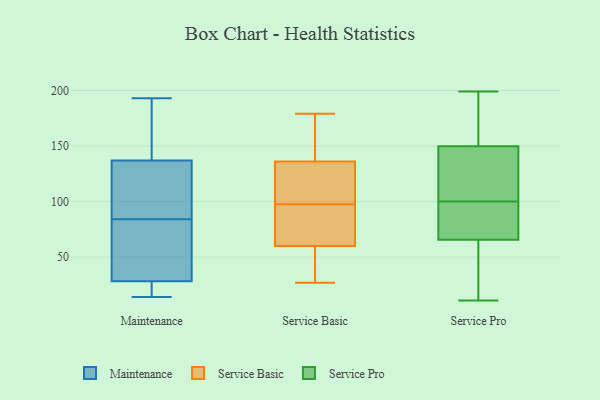
{"axis": {"x": "Temperature (°C)", "y": "Value"}, "legend": ["Maintenance", "Service Basic", "Service Pro"], "data": [{"x": "", "y": 193, "type": "Maintenance"}, {"x": "", "y": 121, "type": "Maintenance"}, {"x": "", "y": 115, "type": "Maintenance"}, {"x": "", "y": 33, "type": "Maintenance"}, {"x": "", "y": 84, "type": "Maintenance"}, {"x": "", "y": 128, "type": "Maintenance"}, {"x": "", "y": 29, "type": "Maintenance"}, {"x": "", "y": 26, "type": "Maintenance"}, {"x": "", "y": 175, "type": "Maintenance"}, {"x": "", "y": 28, "type": "Maintenance"}, {"x": "", "y": 14, "type": "Maintenance"}, {"x": "", "y": 140, "type": "Maintenance"}, {"x": "", "y": 14, "type": "Maintenance"}, {"x": "", "y": 83, "type": "Maintenance"}, {"x": "", "y": 166, "type": "Maintenance"}, {"x": "", "y": 32, "type": "Service Basic"}, {"x": "", "y": 69, "type": "Service Basic"}, {"x": "", "y": 112, "type": "Service Basic"}, {"x": "", "y": 136, "type": "Service Basic"}, {"x": "", "y": 76, "type": "Service Basic"}, {"x": "", "y": 179, "type": "Service Basic"}, {"x": "", "y": 27, "type": "Service Basic"}, {"x": "", "y": 38, "type": "Service Basic"}, {"x": "", "y": 83, "type": "Service Basic"}, {"x": "", "y": 60, "type": "Service Basic"}, {"x": "", "y": 160, "type": "Service Basic"}, {"x": "", "y": 122, "type": "Service Basic"}, {"x": "", "y": 152, "type": "Service Basic"}, {"x": "", "y": 136, "type": "Service Basic"}, {"x": "", "y": 199, "type": "Service Pro"}, {"x": "", "y": 49, "type": "Service Pro"}, {"x": "", "y": 157, "type": "Service Pro"}, {"x": "", "y": 123, "type": "Service Pro"}, {"x": "", "y": 85, "type": "Service Pro"}, {"x": "", "y": 93, "type": "Service Pro"}, {"x": "", "y": 128, "type": "Service Pro"}, {"x": "", "y": 189, "type": "Service Pro"}, {"x": "", "y": 59, "type": "Service Pro"}, {"x": "", "y": 11, "type": "Service Pro"}, {"x": "", "y": 100, "type": "Service Pro"}]}